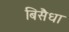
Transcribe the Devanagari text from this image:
बिसैधा